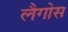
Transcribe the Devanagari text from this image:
लैगोस